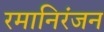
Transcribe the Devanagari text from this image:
रमानिरंजन